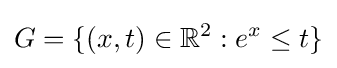
G=\{(x,t)\in \mathbb {R} ^{2}:e^{x}\leq t\}